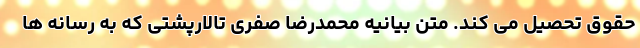
حقوق تحصیل می کند. متن بیانیه محمدرضا صفری تالارپشتی که به رسانه ها